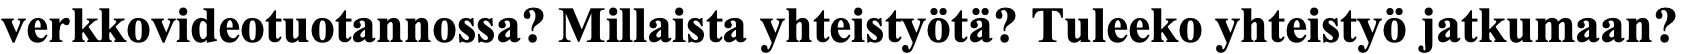
verkkovideotuotannossa? Millaista yhteistyötä? Tuleeko yhteistyö jatkumaan?